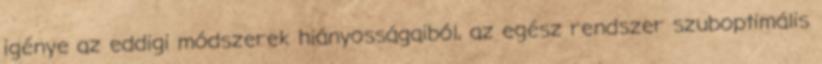
igénye az eddigi módszerek hiányosságaiból, az egész rendszer szuboptimális